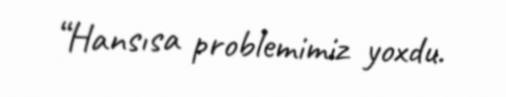
“Hansısa problemimiz yoxdu.